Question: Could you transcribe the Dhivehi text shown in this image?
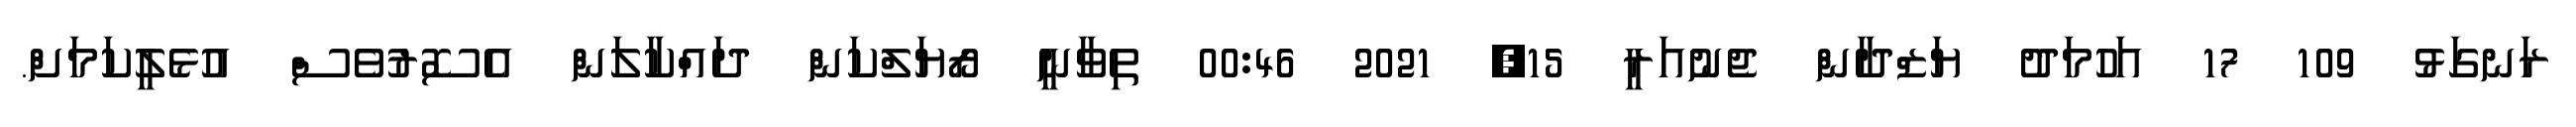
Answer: ރަނގަޅު 109 17 އަހުމަދު ޔަޒްދާން ޖެނުއަރީ 15, 2021 00:46 ތިވާނީ ރޯޔަލްކަން ދައްކާލަން އެސޮރުވެސް އުޅެލީކަމަށް.